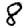
Digit: 8